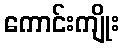
ကောင်းကျိုး